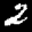
Label: 2